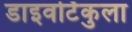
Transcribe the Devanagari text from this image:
डाइवर्टिकुला